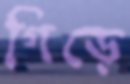
গিড়ে